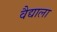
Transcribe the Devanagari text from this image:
वैद्याला